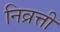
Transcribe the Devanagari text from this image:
निव्रत्ती